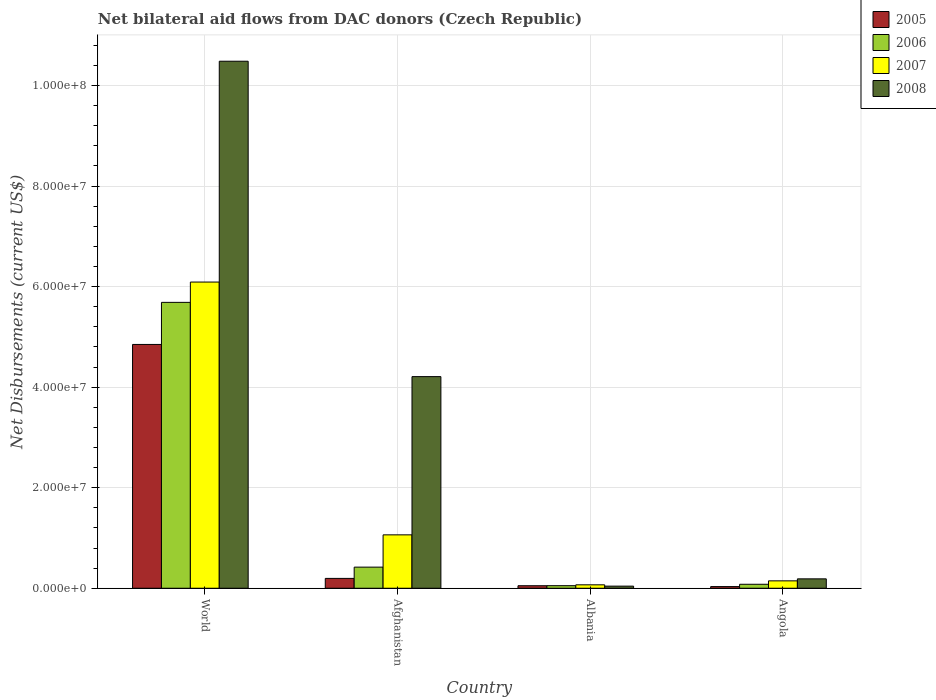
| Country | 2005 | 2006 | 2007 | 2008 |
 | --- | --- | --- | --- | --- |
 | World | 4.85e+07 | 5.69e+07 | 6.09e+07 | 1.05e+08 |
 | Afghanistan | 1.96e+06 | 4.2e+06 | 1.06e+07 | 4.21e+07 |
 | Albania | 5e+05 | 5.1e+05 | 6.8e+05 | 4.2e+05 |
 | Angola | 3.3e+05 | 7.9e+05 | 1.47e+06 | 1.87e+06 |